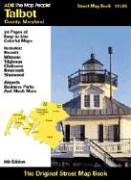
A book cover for Talbot County, Maryland Street Map Book; ADC the Map People; Travel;